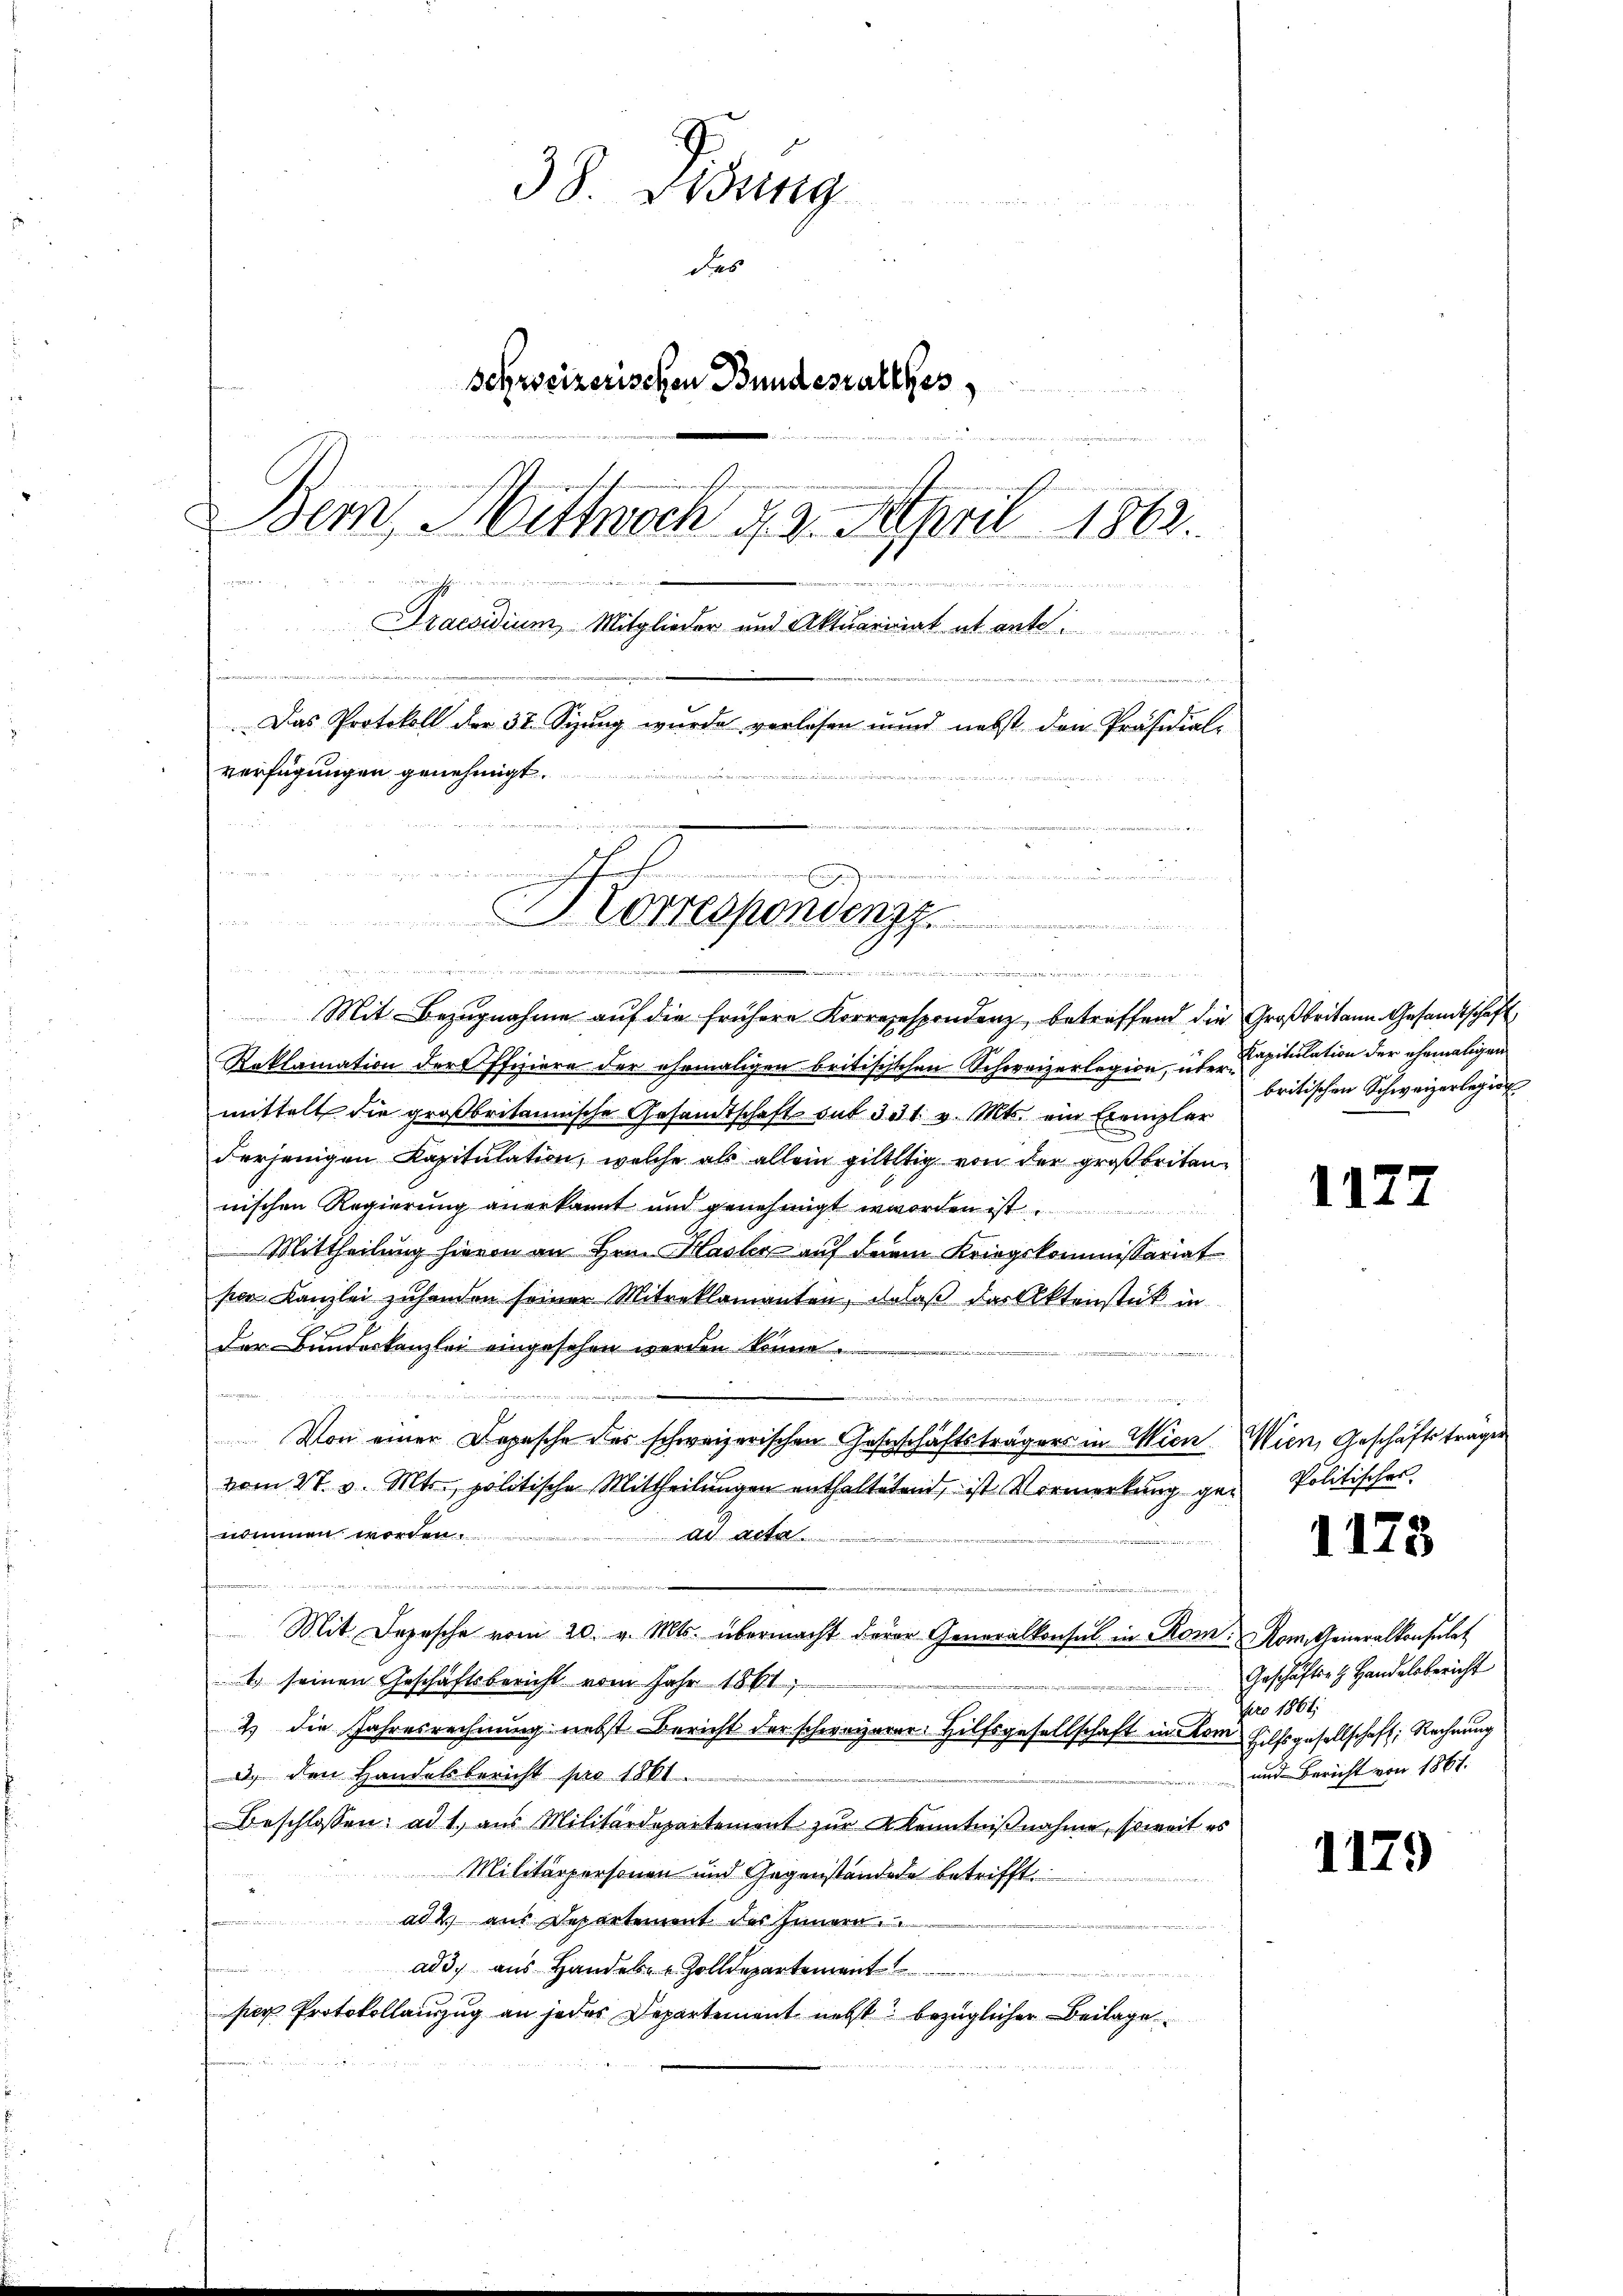
38. Disung
des
Schreizerischen Bundestalles
Bern, Mittwoch 12. April 1862.

n ier nichten
1000 f 4 x

Draesidium Mitglieder und Aktuariat et ante

Das Protokoll der 32. Sizung wurde verlesen unnd nebst den Präsidial-
verfügungen genehmigt
e
Korrespondenz
u

Mit Bezugnahme auf die frühere Korrezespondenz, betreffend die Großbritann Gesandtschaft
Reklamation der Offiziere der ehemaligen britischschen Schweizerlegion, über Dipitulation der ehemaligen
mittelt die großbritannische Gesandtschaft mit 331. v. Mts. ein Exemplar
derjenigen Kapitulation, welche als allein giltig von der großbriten,
nischen Regierung anerkannt und genehmigt worden ist.
Mittheilung hievon an Hrn. Hasler auf Frau Kriegskommissariat
ser Kanzlei zuhanden seiner Mitreklamanten, dalaß das Aktenstück in
g
Der Bundeskanzlei eingesehen werden könne.
.
e
r
Von einer Depesche des schweizerischen Gastschäftsträgers in Wien. Wien, Geschäftsträgen
vom 27. v. Mts. politische Mittheilungen enthaltetend, ist Vormerkung genommen worden.
d Art.
dn den die
Mit Depesche vom 20. v. Mts. übermacht derer Generalkonsul in Rom. Rom. Generalkonsulat
1. seinen Geschäftsbericht vom Jahr 1861,
2 die Jahresrechnung nebst Bericht der schwarzerer Hilfsgesellschaft in Rom Hilfsgesellschaft, Rechnung
3) den Handelsbericht pro 18 kt.
beschlossen: ad 1. aŭs Militärdepartement zŭr Kenntniβnahme, soweit es
Militärpersonen und Gegenständede betrifft.
e
ad 2. aus Departement des Innern.
ad 3. aus Handel-Zolldepartement
g   der wird d
ser Protokollauszug an jedes Departement nebst bezüglicher Beilage

.
......................

britischen Schweizerlegio

1177

Politisches.

1173

Geschäfts H. Handelsbericht
2 pro 1861
und Bericht von 1867.

1179